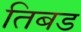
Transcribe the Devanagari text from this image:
तिबड